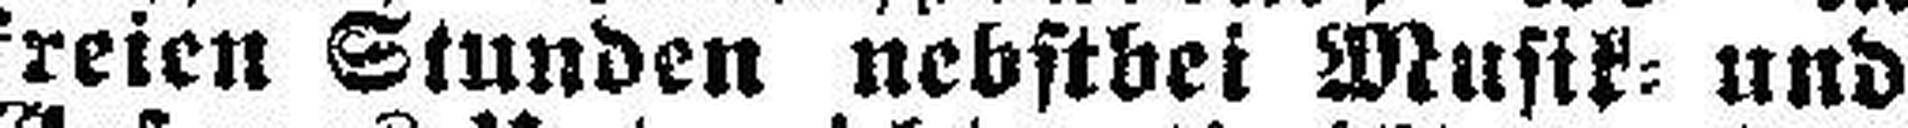
freien Stunden nebstbei Musik= und